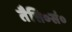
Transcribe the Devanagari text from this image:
तैत्ति०सं०